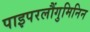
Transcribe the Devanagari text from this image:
पाइपरलौंगुमिनिन